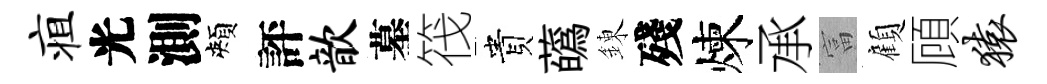
疽光測頰評歆墓筏貴蘤錬殘煉承富顧頋猿